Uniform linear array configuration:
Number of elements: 4
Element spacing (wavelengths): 0.25
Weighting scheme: hann
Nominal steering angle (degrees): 45
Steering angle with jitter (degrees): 46.0
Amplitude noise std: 0.05
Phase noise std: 0.05

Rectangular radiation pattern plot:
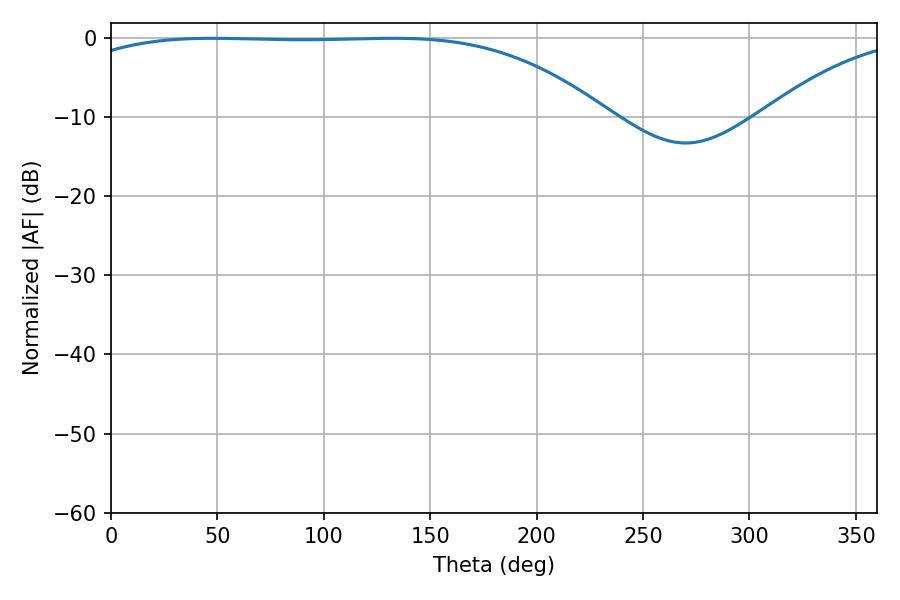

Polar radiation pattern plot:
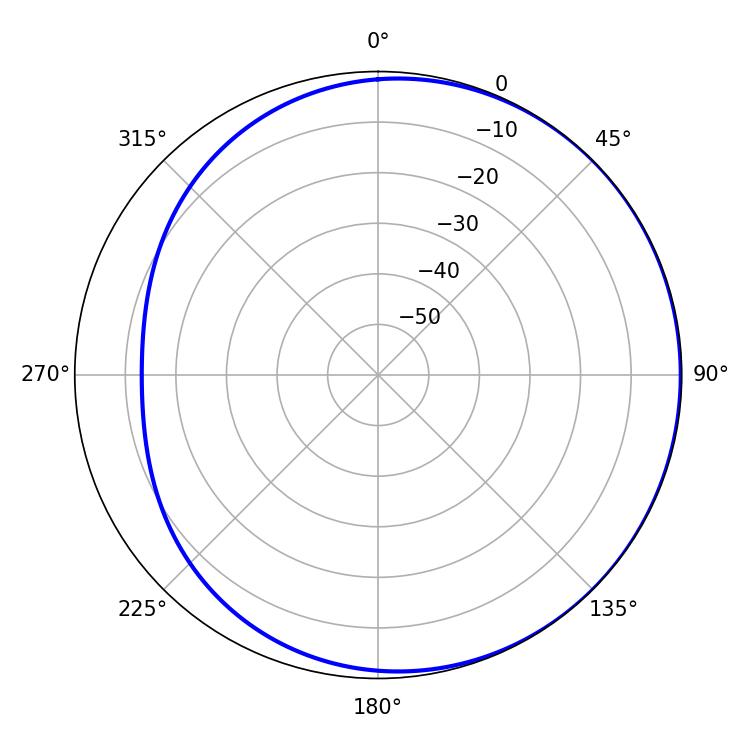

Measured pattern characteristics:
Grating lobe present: FALSE
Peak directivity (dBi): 0.9096
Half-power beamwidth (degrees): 195.3
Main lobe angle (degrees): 47.52